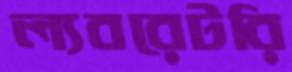
ল্যবরেটরি